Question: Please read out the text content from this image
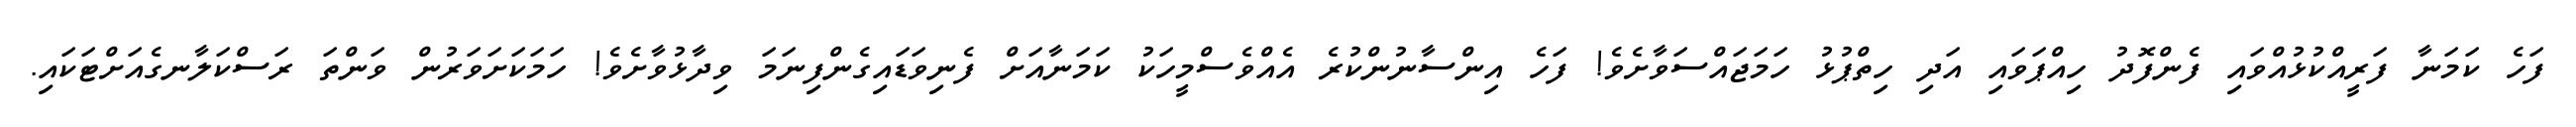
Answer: ފަހެ ކަމަނާ ފަރީއްކުޅުއްވައި ފެންފޮދު ހިއްޕަވައި އަދި ހިތްޕުޅު ހަމަޖައްސަވާށެވެ! ފަހެ އިންސާނުންކުރެ އެއްވެސްމީހަކު ކަމަނާއަށް ފެނިވަޑައިގެންފިނަމަ ވިދާޅުވާށެވެ! ހަމަކަށަވަރުން ވަންތަ ރަސްކަލާނގެއަށްޓަކައި.